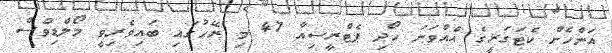
އަންހެން ކެޓަގަރީގެ އެއްވަނަ ހޯދި ޕެޓްރީސިއާ 47 މި ރޭހުގައި ބައިވެރިވީ މޯލްޑިވްސް